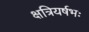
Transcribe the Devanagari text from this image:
क्षत्रियर्षभः